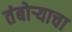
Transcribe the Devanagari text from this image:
तंबोऱ्याचा